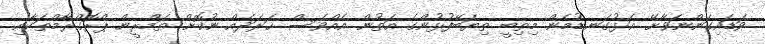
ވަޑައިގަންނަވާށޭ. އަޅުގަނޑުމެން މިތިބީ ތިޔަބޭފުޅުންގެ އަތުން އެއްވެސް ޚަރަދެއް ނުކޮށް ތަމްރީން ޕްރޮގްރާމްތަކާއި